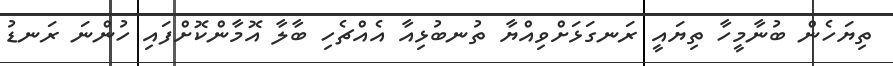
ތިޔަހެން ބުނާމީހާ ތިޔައީ ރަނގަޅަށްވިއްޔާ ތުނބުޅިއާ އެއްޗެހި ބާލާ އޮމާންކޮށްފައި ހުންނަ ރަނޑު